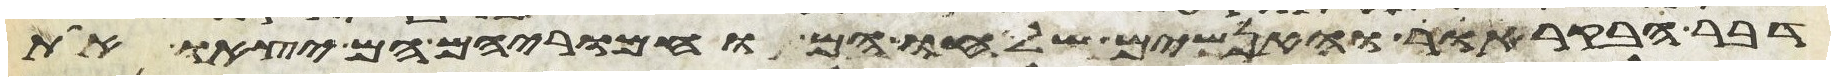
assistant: דבר הבקר אור והאנשים שלחו הם וחמריהם הם יצאו את